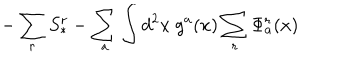
{ - \sum _ { r } S _ { * } ^ { r } - \sum _ { a } \int d ^ { 2 } x ~ g ^ { a } ( x ) \sum _ { r } \Phi _ { a } ^ { r } ( x ) }